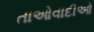
તાઓવાદીઓ